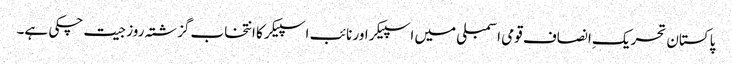
پاکستان تحریکِ انصاف قومی اسمبلی میں اسپیکر اور نائب اسپیکر کا انتخاب گزشتہ روز جیت چکی ہے۔